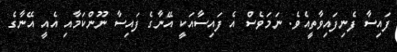
ފައިސާ ފެނިފައިވާތީއެވެ. ނަމަވެސް އެ ފައިސާއަކީ އޭނާގެ ފައިސާ ނޫންކަމާއި އެއީ އޭނާގެ